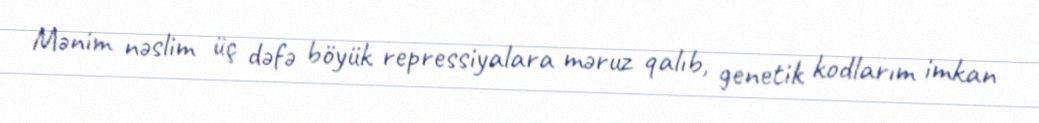
Mənim nəslim üç dəfə böyük repressiyalara məruz qalıb, genetik kodlarım imkan